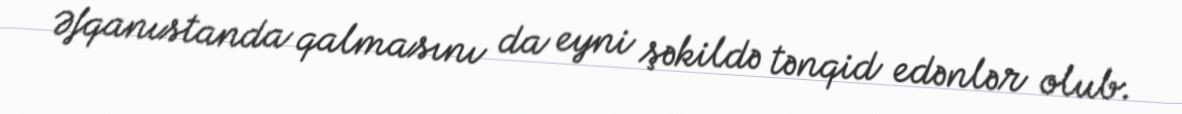
Əfqanıstanda qalmasını da eyni şəkildə tənqid edənlər olub.